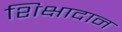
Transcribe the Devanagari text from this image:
शिक्षादान